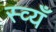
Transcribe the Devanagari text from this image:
स्व्यँ